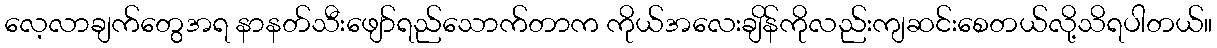
လေ့လာချက်တွေအရ နာနတ်သီးဖျော်ရည်သောက်တာက ကိုယ်အလေးချိန်ကိုလည်းကျဆင်းစေတယ်လို့သိရပါတယ်။